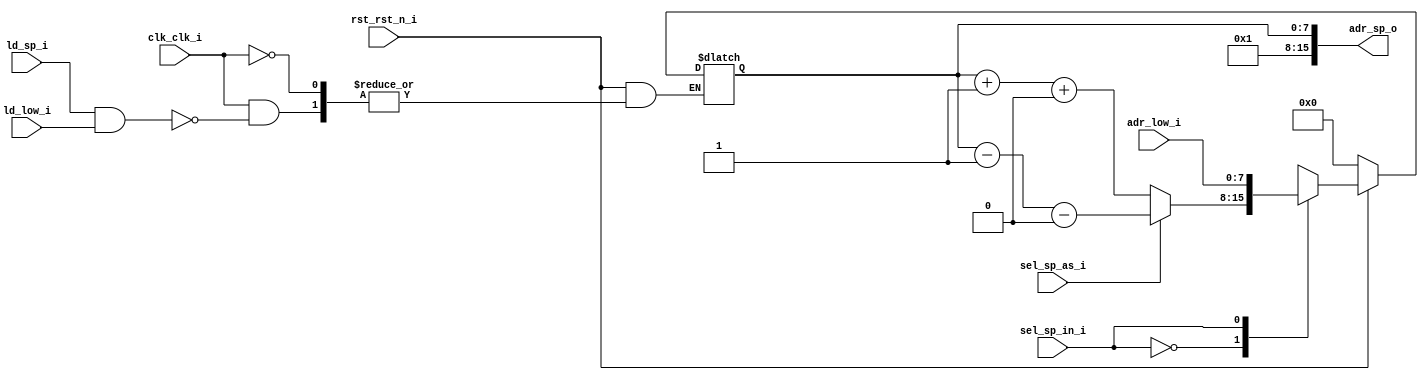
`define false 1'b 0
`define FALSE 1'b 0
`define true 1'b 1
`define TRUE 1'b 1

//`timescale 1 ns / 1 ns // timescale for following modules


//  VHDL Entity R6502_TC.Reg_SP.symbol
// 
//  Created:
//           by - eda.UNKNOWN (TEST)
//           at - 19:25:32 10.02.2009
// 
//  Generated by Mentor Graphics' HDL Designer(TM) 2007.1a (Build 13)
// 

module Reg_SP (
   adr_low_i,
   clk_clk_i,
   ld_low_i,
   ld_sp_i,
   rst_rst_n_i,
   sel_sp_as_i,
   sel_sp_in_i,
   adr_sp_o);
 

input   [7:0] adr_low_i; 
input   clk_clk_i; 
input   ld_low_i; 
input   ld_sp_i; 
input   rst_rst_n_i; 
input   sel_sp_as_i; 
input   sel_sp_in_i; 
output   [15:0] adr_sp_o; 


//  Jens-D. Gutschmidt     Project:  R6502_TC  
//  scantara2003@yahoo.de                      
//  COPYRIGHT (C) 2008-2009 by Jens Gutschmidt and OPENCORES.ORG                                                                                
//                                                                                                                                              
//  This program is free software: you can redistribute it and/or modify it under the terms of the GNU General Public License as published by   
//  the Free Software Foundation, either version 3 of the License, or any later version.                                                        
//                                                                                                                                              
//  This program is distributed in the hope that it will be useful, but WITHOUT ANY WARRANTY; without even the implied warranty of              
//  MERCHANTABILITY or FITNESS FOR A PARTICULAR PURPOSE.  See the GNU General Public License for more details.                                  
//                                                                                                                                              
//  You should have received a copy of the GNU General Public License along with this program.  If not, see <http://www.gnu.org/licenses/>.     
//                                                                                                                                              
//  CVS Revisins History                                                                                                                        
//                                                                                                                                              
//  $Log: not supported by cvs2svn $                                                                                                                         
//    <<-- more -->>                                                                                                                            
//  Title:  Stack Pointer Logic  
//  Path:  R6502_TC/Reg_SP/struct  
//  Edited:  by eda on 10 Feb 2009  
// 
//  VHDL Architecture R6502_TC.Reg_SP.struct
// 
//  Created:
//           by - eda.UNKNOWN (TEST)
//           at - 19:25:32 10.02.2009
// 
//  Generated by Mentor Graphics' HDL Designer(TM) 2007.1a (Build 13)
// 
wire    [15:0] adr_sp_o; 

//  Declarations
wire    [7:0] adr_sp_low_o_i; 
wire    load_o_i; 
reg     [7:0] result_low1_o_i; 
reg     [7:0] result_low_o_i; 
wire    sp_as_n_o_i; 
wire    [7:0] val_one; 

//  Implicit buffer signal declarations
wire    [15:0] adr_sp_o_internal; 

//  ModuleWare signal declarations(v1.9) for instance 'U_0' of 'adff'
reg     [7:0] mw_U_0reg_cval; 

//  ModuleWare code(v1.9) for instance 'U_11' of 'addsub'
reg     [8:0]  u_11combo_proc_temp_din0; 
reg     [8:0]  u_11combo_proc_temp_din1; 
reg     [8:0]  u_11combo_proc_temp_sum; 
reg      u_11combo_proc_temp_carry; 


always @(adr_sp_low_o_i or val_one or sp_as_n_o_i)
   begin : u_11combo_proc
   u_11combo_proc_temp_din0 = {1'b 0, adr_sp_low_o_i};   
   u_11combo_proc_temp_din1 = {1'b 0, val_one};   
   u_11combo_proc_temp_carry = 1'b 0;   
   if (sp_as_n_o_i == 1'b 1 | sp_as_n_o_i == 1'b 1)
      begin
      u_11combo_proc_temp_sum = u_11combo_proc_temp_din0 + u_11combo_proc_temp_din1 + u_11combo_proc_temp_carry;   
      end
   else
      begin
      u_11combo_proc_temp_sum = u_11combo_proc_temp_din0 - u_11combo_proc_temp_din1 - u_11combo_proc_temp_carry;   
      end
   result_low_o_i <= u_11combo_proc_temp_sum[7:0];   
   end

//  ModuleWare code(v1.9) for instance 'U_0' of 'adff'
assign adr_sp_o_internal[7:0] = mw_U_0reg_cval; 

always @(clk_clk_i or rst_rst_n_i)
   begin : u_0seq_proc
   if (rst_rst_n_i == 1'b 0 | rst_rst_n_i == 1'b 0)
      begin
      mw_U_0reg_cval <= 8'b 00000000;   
      end
   else if (clk_clk_i /* ignored attribute: 'EVENT */ & clk_clk_i == 1'b 1 )
      begin
      if (load_o_i == 1'b 1 | load_o_i == 1'b 1)
         begin
         mw_U_0reg_cval <= result_low1_o_i;   
         end
      end
   end

//  ModuleWare code(v1.9) for instance 'U_6' of 'and'
assign load_o_i = ld_sp_i & ld_low_i; 

//  ModuleWare code(v1.9) for instance 'U_3' of 'buff'
assign adr_sp_o_internal[15:8] = val_one; 

//  ModuleWare code(v1.9) for instance 'U_4' of 'constval'
assign val_one = 8'b 00000001; 

//  ModuleWare code(v1.9) for instance 'U_2' of 'inv'
assign sp_as_n_o_i = ~sel_sp_as_i; 

//  ModuleWare code(v1.9) for instance 'U_8' of 'mux'

always @(result_low_o_i or adr_low_i or sel_sp_in_i)
   begin : u_8combo_proc
   case (sel_sp_in_i)
   1'b 0,
   1'b 0:
      begin
      result_low1_o_i <= result_low_o_i;   
      end
   1'b 1,
   1'b 1:
      begin
      result_low1_o_i <= adr_low_i;   
      end
   default:
      begin
      result_low1_o_i <= {8{1'b X}};   
      end
   endcase
   end

//  ModuleWare code(v1.9) for instance 'U_10' of 'tap'
assign adr_sp_low_o_i = adr_sp_o_internal[7:0]; 

//  Instance port mappings.
//  Implicit buffered output assignments
assign adr_sp_o = adr_sp_o_internal; 

//  Architecture declarations
//  Internal signal declarations

endmodule // module Reg_SP